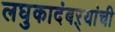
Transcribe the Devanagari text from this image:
लघुकादंबऱ्यांची